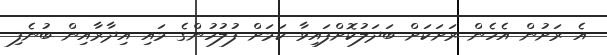
އެ ރަށުން އެހެން ރަށަކަށް ބަދަލުކޮށްފައިވާ ކަމަށް ފުލުހުންގެ މައި އިދާރާއިން ބުނެފި